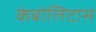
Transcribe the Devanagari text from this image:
केबोलिटास